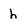
Character: h